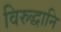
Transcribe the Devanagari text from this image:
विरुद्धानि